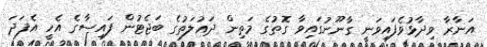
އަނާރާ ވިދާޅުވެފައިވަނީ ގާނޫނުގައިވާ ގޮތުގެ މަތިން ދައުލަތުގެ ބަޖެޓުން ފައިސާގެ އެހީ އެފަދަ